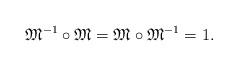
LaTeX: \begin{align*}\mathfrak{M}^{-1}\circ \mathfrak{M} = \mathfrak{M} \circ\mathfrak{M}^{-1} = 1. \end{align*}